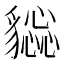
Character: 𧴕